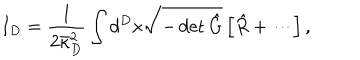
I _ { D } = \frac { 1 } { 2 \bar { \kappa } _ { D } ^ { 2 } } \int d ^ { D } x \sqrt { - \det \hat { G } } \left[ { \hat { R } } + \cdots \right] ,